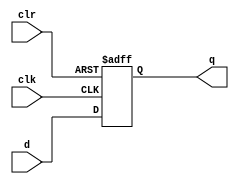
module adff
    ( input d, clk, clr, output reg q );
    initial begin
      q = 0;
    end
	always @( posedge clk, posedge clr )
		if ( clr )
			q <= 1'b0;
		else
            q <= d;
endmodule

module adffn
    ( input d, clk, clr, output reg q );
    initial begin
      q = 0;
    end
	always @( posedge clk, negedge clr )
		if ( !clr )
			q <= 1'b0;
		else
            q <= d;
endmodule

module dffe
    ( input d, clk, en, output reg q );
    initial begin
      q = 0;
    end
	always @( posedge clk )
		if ( en )
			q <= d;
endmodule

module dffsr
    ( input d, clk, pre, clr, output reg q );
    initial begin
      q = 0;
    end
	always @( posedge clk, posedge pre, posedge clr )
		if ( clr )
			q <= 1'b0;
		else if ( pre )
			q <= 1'b1;
		else
            q <= d;
endmodule

module ndffnsnr
    ( input d, clk, pre, clr, output reg q );
    initial begin
      q = 0;
    end
	always @( negedge clk, negedge pre, negedge clr )
		if ( !clr )
			q <= 1'b0;
		else if ( !pre )
			q <= 1'b1;
		else
            q <= d;
endmodule

module top (
input clk,
input clr,
input pre,
input a,
output b,b1,b2,b3,b4
);

dffsr u_dffsr (
        .clk (clk ),
        .clr (clr),
        .pre (pre),
        .d (a ),
        .q (b )
    );

ndffnsnr u_ndffnsnr (
        .clk (clk ),
        .clr (clr),
        .pre (pre),
        .d (a ),
        .q (b1 )
    );

adff u_adff (
        .clk (clk ),
        .clr (clr),
        .d (a ),
        .q (b2 )
    );

adffn u_adffn (
        .clk (clk ),
        .clr (clr),
        .d (a ),
        .q (b3 )
    );

dffe u_dffe (
        .clk (clk ),
        .en (clr),
        .d (a ),
        .q (b4 )
    );

endmodule